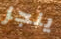
ينجز